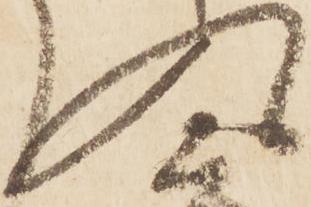
入